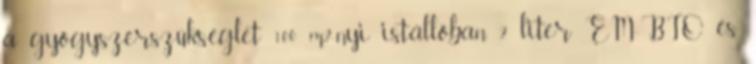
a gyógyszerszükséglet 100 m2-nyi istállóban 2 liter EM-BIO és